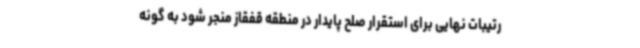
رتیبات نهایی برای استقرار صلح پایدار در منطقه قفقاز منجر شود به گونه